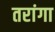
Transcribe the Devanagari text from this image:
तरांगा